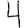
Digit: 4